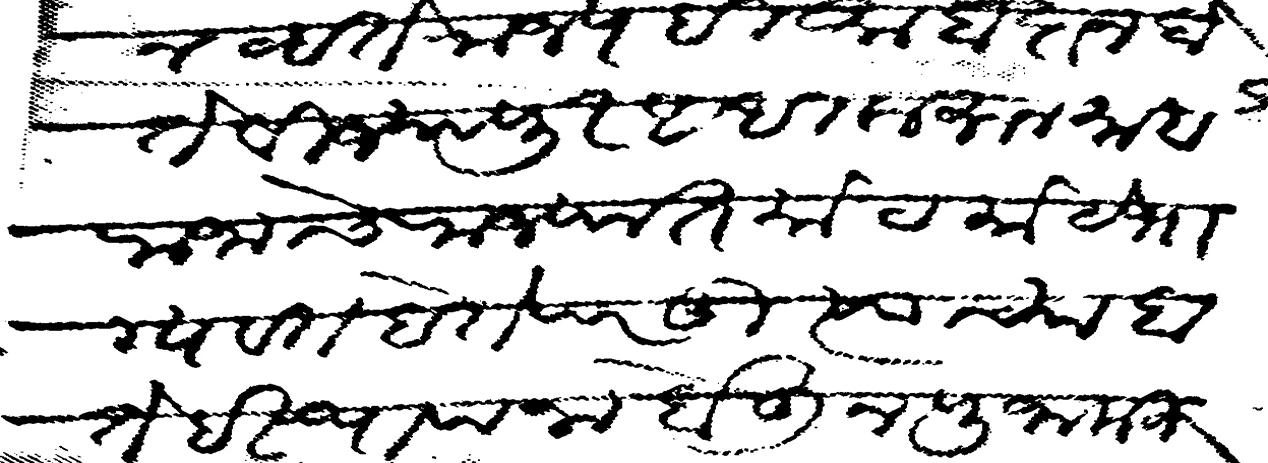
Transliteration (Devanagari): नव्हते राज्य ही माहारज होते वीज्यापुर अधी करून महाराजाचे राज्यात मोठमोठे भाग्यवत होते परंतु त्याच्या हाते हे स्थापना होऊन पुजा करुन